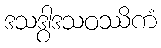
ဒသဒွါဒသဝဿိကံ